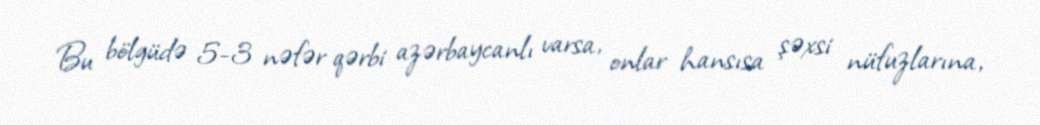
Bu bölgüdə 5-3 nəfər qərbi azərbaycanlı varsa, onlar hansısa şəxsi nüfuzlarına,